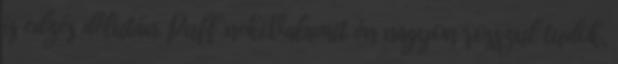
is edzés délután. Puff neki.Valamit én nagyon rosszul tudok,